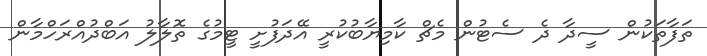
ތަފާތަކުން ސީދާ ދެ ސެޓުން މެޗް ކާމިޔާބުކުރީ އޭދަފުށީ ޓީމުގެ ތޮލާލު އަބްދުއްރަހްމާން